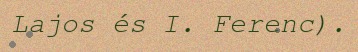
Lajos és I. Ferenc).